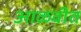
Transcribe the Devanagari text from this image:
आळवीत